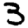
Digit: 3